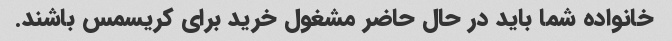
خانواده شما باید در حال حاضر مشغول خرید برای کریسمس باشند.